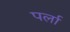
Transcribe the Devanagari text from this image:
पर्ला